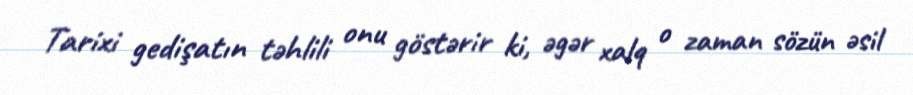
Tarixi gedişatın təhlili onu göstərir ki, əgər xalq o zaman sözün əsil